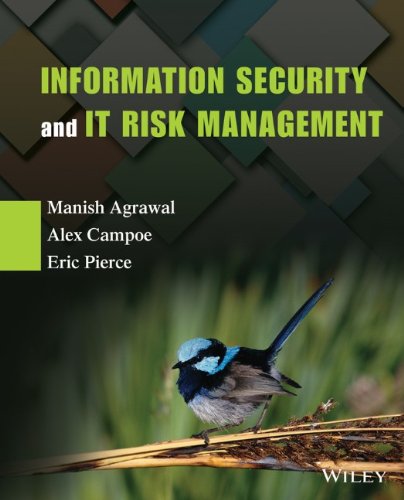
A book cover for Information Security and IT Risk Management; Manish Agrawal; Business & Money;